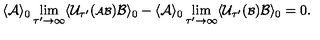
\langle { \cal A } \rangle _ { 0 } \lim _ { \tau ^ { \prime } \rightarrow \infty } \langle { \cal U } _ { \tau ^ { \prime } } ( { \scriptstyle { \cal A B } } ) { \cal B } \rangle _ { 0 } - \langle { \cal A } \rangle _ { 0 } \lim _ { \tau ^ { \prime } \rightarrow \infty } \langle { \cal U } _ { \tau ^ { \prime } } ( { \scriptstyle { \cal B } } ) { \cal B } \rangle _ { 0 } = 0 .